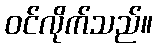
ဝင်လိုက်သည်။